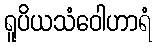
ရူပိယသံဝေါဟာရံ